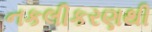
નકલીકરણથી